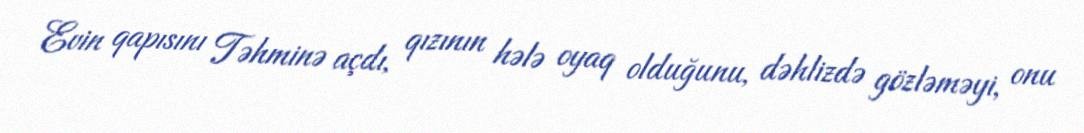
Evin qapısını Təhminə açdı, qızının hələ oyaq olduğunu, dəhlizdə gözləməyi, onu